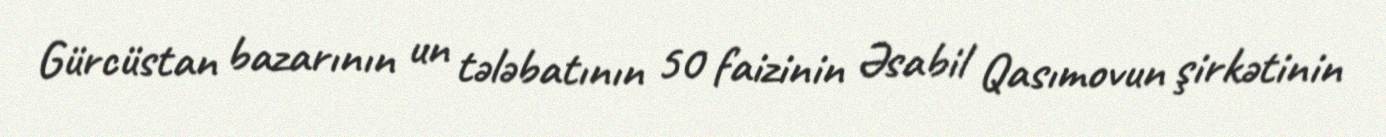
Gürcüstan bazarının un tələbatının 50 faizinin Əsabil Qasımovun şirkətinin